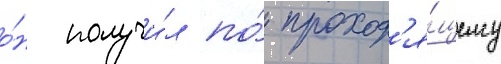
о́н получи́л по́ проход'я́щему